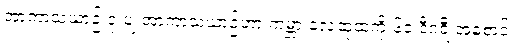
အာကာသယာဉ် ဒုံးပျံ အာကာသယာဉ်ဟာ ကမ္ဘာ့ လေထုထဲကို ၆၀ ဒီဂရီ အစောင်း